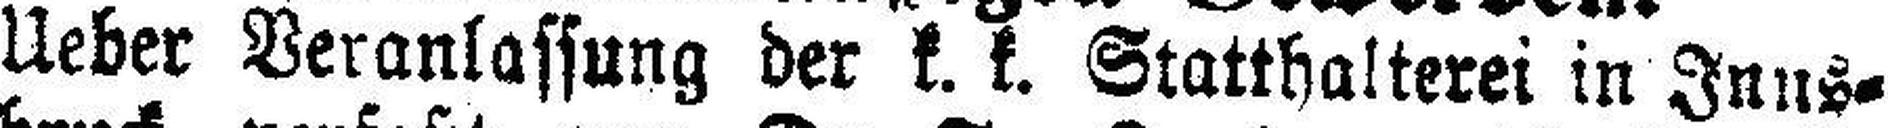
Ueber Veranlassung der k. k. Statthalterei in Inns¬